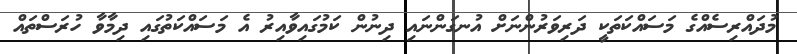
މުދައްރިސެއްގެ މަސައްކަތަކީ ދަރިވަރުންނަށް އުނގަންނައި ދިނުން ކަމުގައިވާއިރު އެ މަސައްކަތުގައި ދިމާވާ ހުރަސްތައް